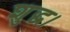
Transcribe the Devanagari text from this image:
शुद्ध।